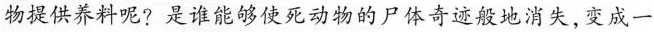
场提供养料呢? 是谁能够使死动物的尸体奇迹般地消失，变成一